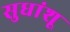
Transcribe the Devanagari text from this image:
सुधांशू